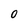
Character: 0